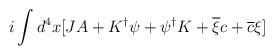
LaTeX: \begin{align*}i\int d^{4}x[JA+K^{\dagger }\psi +\psi ^{\dagger }K+\overline{\xi }c+\overline{c}\xi ]\end{align*}